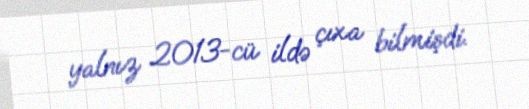
yalnız 2013-cü ildə çıxa bilmişdi.